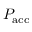
P _ { \mathrm { a c c } }